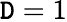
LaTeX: \mathtt{D}=1